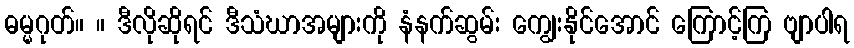
ဓမ္မဂုတ်။ ။ ဒီလိုဆိုရင် ဒီသံဃာအများကို နံနက်ဆွမ်း ကျွေးနိုင်အောင် ကြောင့်ကြ ဗျာပါရ